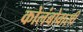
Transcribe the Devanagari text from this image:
कोलंबोवासी